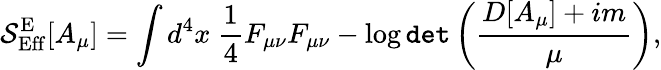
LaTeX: {\cal S}_{\mathrm{Eff}}^{\mathrm{E}}[A_{\mu}]=\int d^{4}x\ \frac{1}{4}F_{\mu\nu}F_{\mu\nu}-\log{\tt det}\left(\frac{D[A_{\mu}]+im}{\mu}\right),